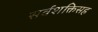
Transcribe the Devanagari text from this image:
सर्वशक्तिसह